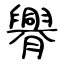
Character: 臖